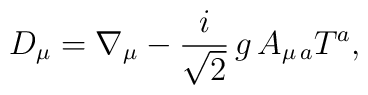
D_{\mu }=\nabla _{\mu }-\frac{i}{\sqrt{2}}\,g\,A_{\mu \,a}T^{a},